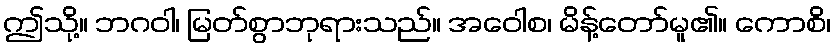
ဤသို့။ ဘဂဝါ၊ မြတ်စွာဘုရားသည်။ အဝေါစ၊ မိန့်တော်မူ၏။ ကောစိ၊